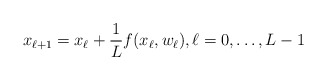
\begin{align*}x_{\ell+1} = x_\ell + \frac{1}{L}f(x_\ell,w_\ell), \ell = 0, \ldots, L-1\end{align*}